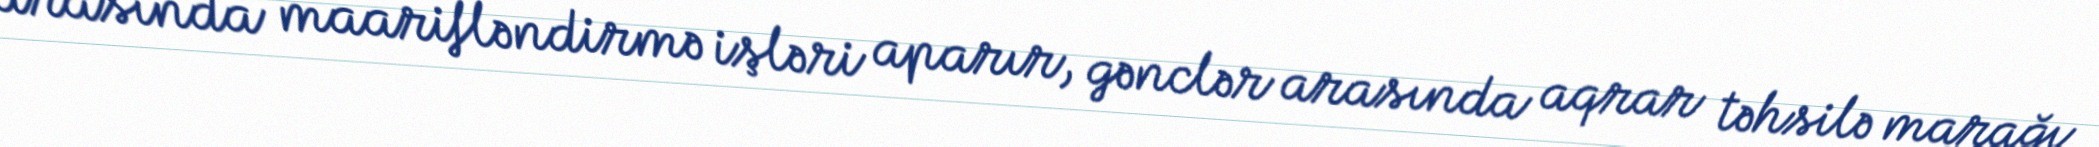
arasında maarifləndirmə işləri aparır, gənclər arasında aqrar təhsilə marağı